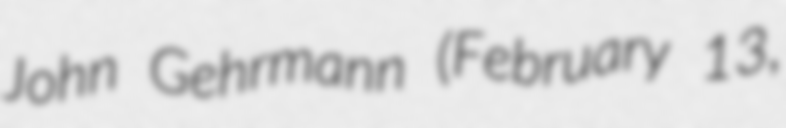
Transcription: John Gehrmann (February 13,